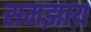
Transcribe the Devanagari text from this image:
समझाय